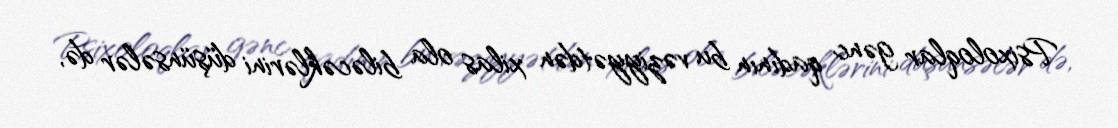
Psixoloqlar gənc qadının bu vəziyyətdən xilas ola biləcəklərini düşünsələr də,